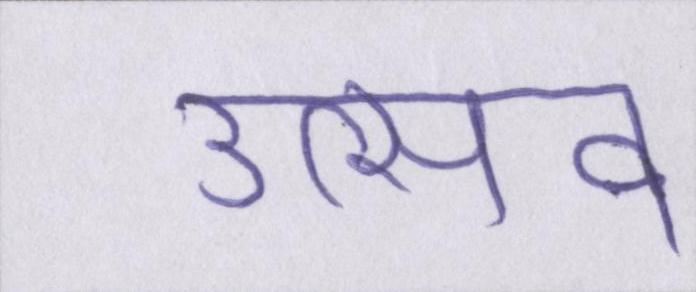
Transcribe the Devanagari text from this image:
उत्सव